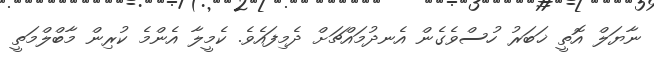
ނާޔަލް އޮތީ ޚަބަރު ހުސްވެގެން އެނދުމައްޗަށް ދެމިފައެވެ. ކެމީލާ އެންމެ ކުރިން މާބްލްމަތީ